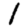
Digit: 1